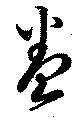
巻